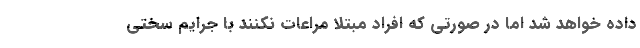
داده خواهد شد اما در صورتی که افراد مبتلا مراعات نکنند با جرایم سختی